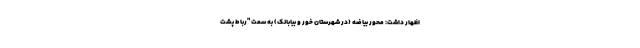
اظهار داشت: محور بیاضه (در شهرستان خور و بیابانک) به سمت "رباط پشت